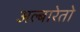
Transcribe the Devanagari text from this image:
अल्बारेतो